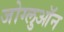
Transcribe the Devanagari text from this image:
जोग्लुऑन